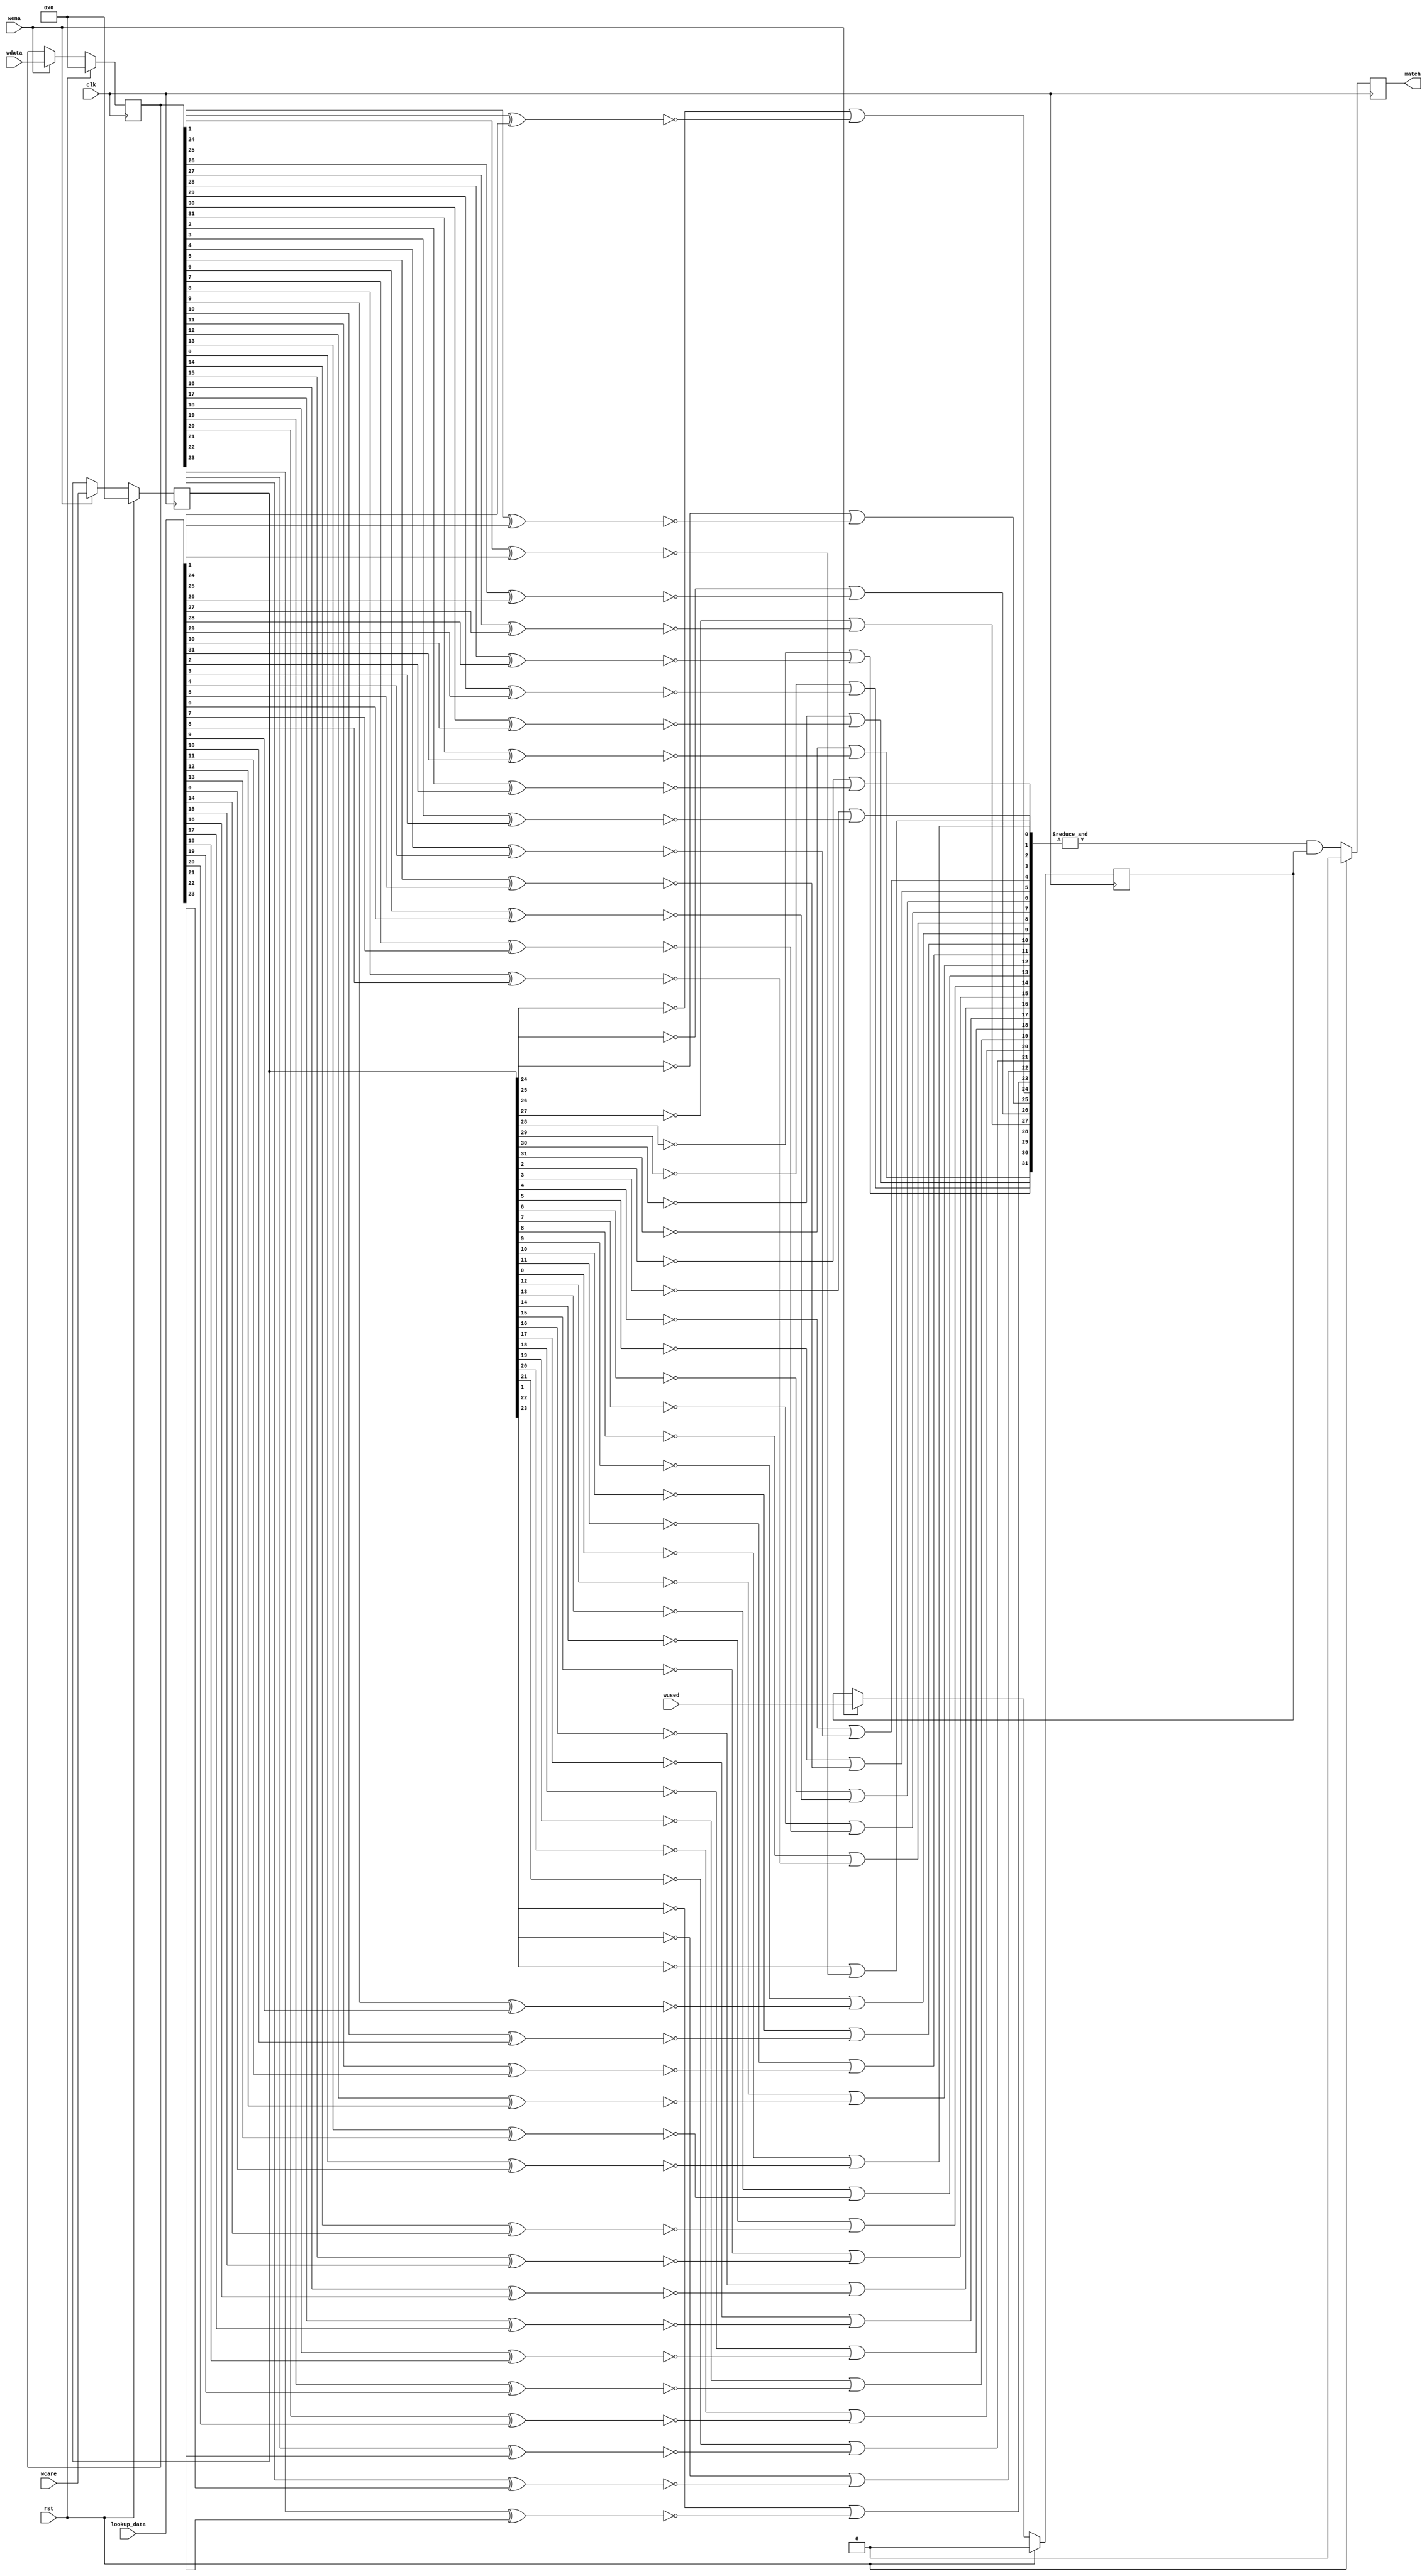
module reg_cam_cell (
	clk,rst,
	wdata,wcare,wused,wena,
	lookup_data,match
);

parameter DATA_WIDTH = 32;

input clk,rst;
input [DATA_WIDTH-1:0] wdata, wcare;
input wused,wena;

input [DATA_WIDTH-1:0] lookup_data;
output match;
reg match;

reg cell_used;

// Storage cells
reg [DATA_WIDTH - 1 : 0] data;
reg [DATA_WIDTH - 1 : 0] care;
always @(posedge clk) begin
  if (rst) begin
	cell_used <= 1'b0;
	data <= {DATA_WIDTH{1'b0}};
	care <= {DATA_WIDTH{1'b0}};
  end else begin
	if (wena) begin
	   cell_used <= wused;
	   data <= wdata;
       care <= wcare;
	end
  end
end

// Ternary match
wire [DATA_WIDTH-1:0] bit_match;
genvar i;
generate 
  for (i=0; i<DATA_WIDTH; i=i+1)
  begin : bmt
    assign bit_match[i] = !care[i] | !(data[i] ^ lookup_data[i]);
  end
endgenerate

always @(posedge clk) begin
  if (rst) match <= 1'b0;
  else match <= (& bit_match) & cell_used;
end

endmodule